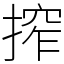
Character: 搾